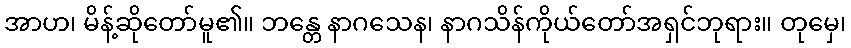
အာဟ၊ မိန့်ဆိုတော်မူ၏။ ဘန္တေ နာဂသေန၊ နာဂသိန်ကိုယ်တော်အရှင်ဘုရား။ တုမှေ၊